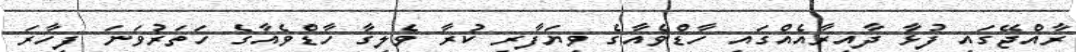
ރާއްޖޭގައި ފުޅާ ދާއިރާއެއްގައި ހާޑްވެއާގެ ވިޔަފާރި ކުރާ ވެލިގާ ހާޑްވެއާގެ ހަތަރުވަނަ ފިހާރަ